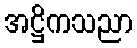
အဋ္ဌိကသညာ